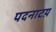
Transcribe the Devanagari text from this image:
पदनाटय़